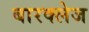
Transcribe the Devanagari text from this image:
बारक्लेज